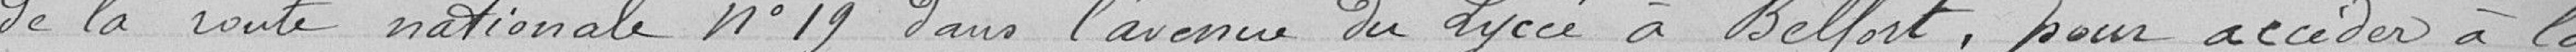
de la route nationale n°19 dans l'avenue du Lycée à Belfort, pour accéder à la